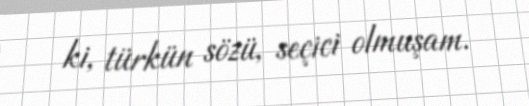
ki, türkün sözü, seçici olmuşam.